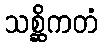
သစ္ဆိကတံ